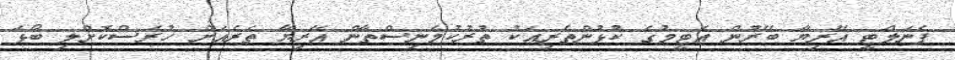
ޕެނަލްޓީ އޭރިޔާ ބޭރުން އެޓީމުގެ ކުޅުންތެރިއަކު ތުރުކުމެނިސްތާން އޭރިޔާ ތެރެއަށް ހުރަސްކޮށްލި ބޯޅަ